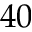
4 0